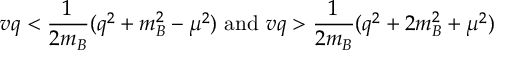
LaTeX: v q < \frac { 1 } { 2 m _ { B } } ( q ^ { 2 } + m _ { B } ^ { 2 } - \mu ^ { 2 } ) \mathrm { ~ a n d ~ } v q > \frac { 1 } { 2 m _ { B } } ( q ^ { 2 } + 2 m _ { B } ^ { 2 } + \mu ^ { 2 } )